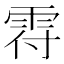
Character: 𩂛